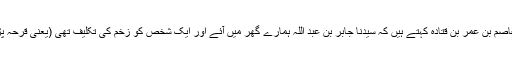
1480: عاصم بن عمر بن قتادہ کہتے ہیں کہ سیدنا جابر بن عبد اللہؓ ہمارے گھر میں آئے اور ایک شخص کو زخم کی تکلیف تھی (یعنی قرحہ پڑ گیا تھا)۔